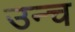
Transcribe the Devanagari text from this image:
उन्च